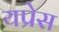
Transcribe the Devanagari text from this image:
यप्रेस